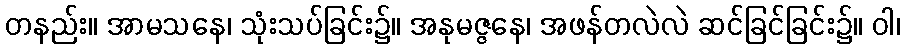
တနည်း။ အာမသနေ၊ သုံးသပ်ခြင်း၌။ အနုမဇ္ဇနေ၊ အဖန်တလဲလဲ ဆင်ခြင်ခြင်း၌။ ဝါ၊